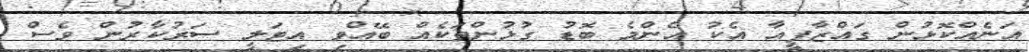
އަނެއްކޮޅުން ގައްޒާފީއާ އެކު އެންމެ ބޮޑު ގުޅުންތަކެއް ބޭއްވި އިޓަލީ ސަރުކާރުން ވެސް